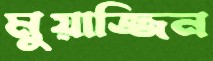
মুয়াজ্জিন